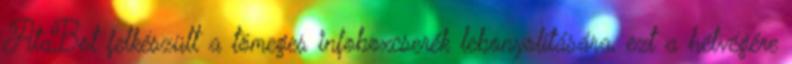
AtaBot felkészült a tömeges infoboxcserék lebonyolítására, ezt a hétvégére